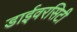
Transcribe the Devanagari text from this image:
डाईवरसिटी